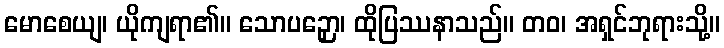
မောစေယျ၊ ယိုကျရာ၏။ သောပဉှော၊ ထိုပြဿနာသည်။ တဝ၊ အရှင်ဘုရားသို့။